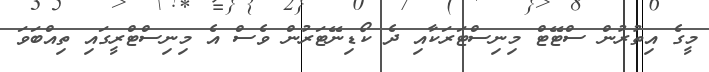
މީގެ އިތުރުން ސްޓޭޓް މިނިސްޓަރަކާއި ދެ ކޯޑިނޭޓަރުން ވެސް އެ މިނިސްޓްރީގައި ތިއްބަވަ